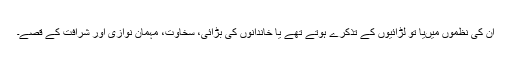
ان کی نظموں میںیا تو لڑائیوں کے تذکرے ہوتے تھے یا خاندانوں کی بڑائی، سخاوت، مہمان نوازی اور شرافت کے قصے۔